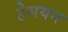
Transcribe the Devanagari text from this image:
हेसयन